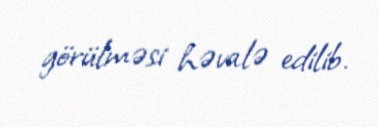
görülməsi həvalə edilib.